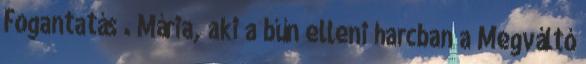
Fogantatás”. Mária, aki a bűn elleni harcban a Megváltó